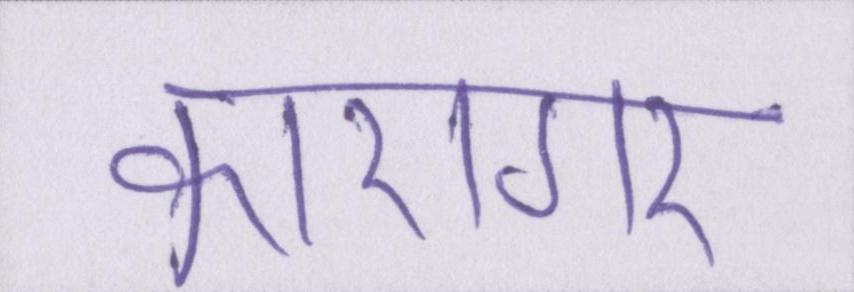
कारागर